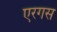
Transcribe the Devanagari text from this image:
एरगस